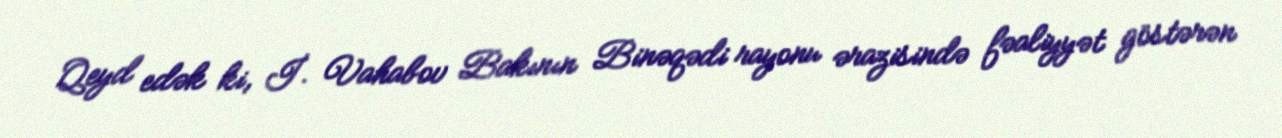
Qeyd edək ki, İ. Vahabov Bakının Binəqədi rayonu ərazisində fəaliyyət göstərən